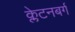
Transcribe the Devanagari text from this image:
क्लेटनबर्ग